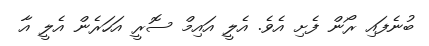
ބުނެފައި ރޯން ފެށި އެވެ. އެލީ އައިމް ސޮރީ އަހަރެން އެލީ އާ